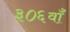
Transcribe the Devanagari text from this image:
३०६वाँ